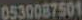
0530087501